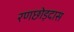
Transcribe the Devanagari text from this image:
रणछोड़दास